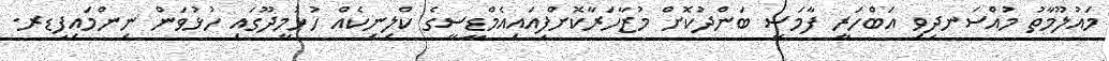
މައުލޫމާތު މުއްސަނދިވި އަބްހަރީ ފާމަސީ ބަންދުކޮށް މުޒާހަރާކޮށްފިއައިއެމްޑީސީގެ ކްލިނިކެއް ހުޅުމީދޫގައި ހުޅުވަން ނިންމައިފިޑރ.